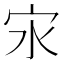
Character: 㲾